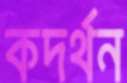
কদর্থন